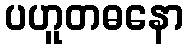
ပဟူတဓနော